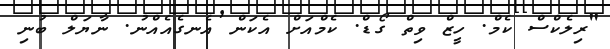
"ރިލެކްސް ކެމް. ހީޒް ވިތް ގޯޑް. ކެމްއަށް އެކަން އެނގެއެއްނު. ނާޔަލް ބުނި